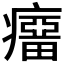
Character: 𰤆